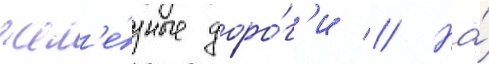
жел'е́зные доро́г'и // На́